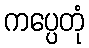
ကပ္ပေတုံ